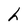
Character: h